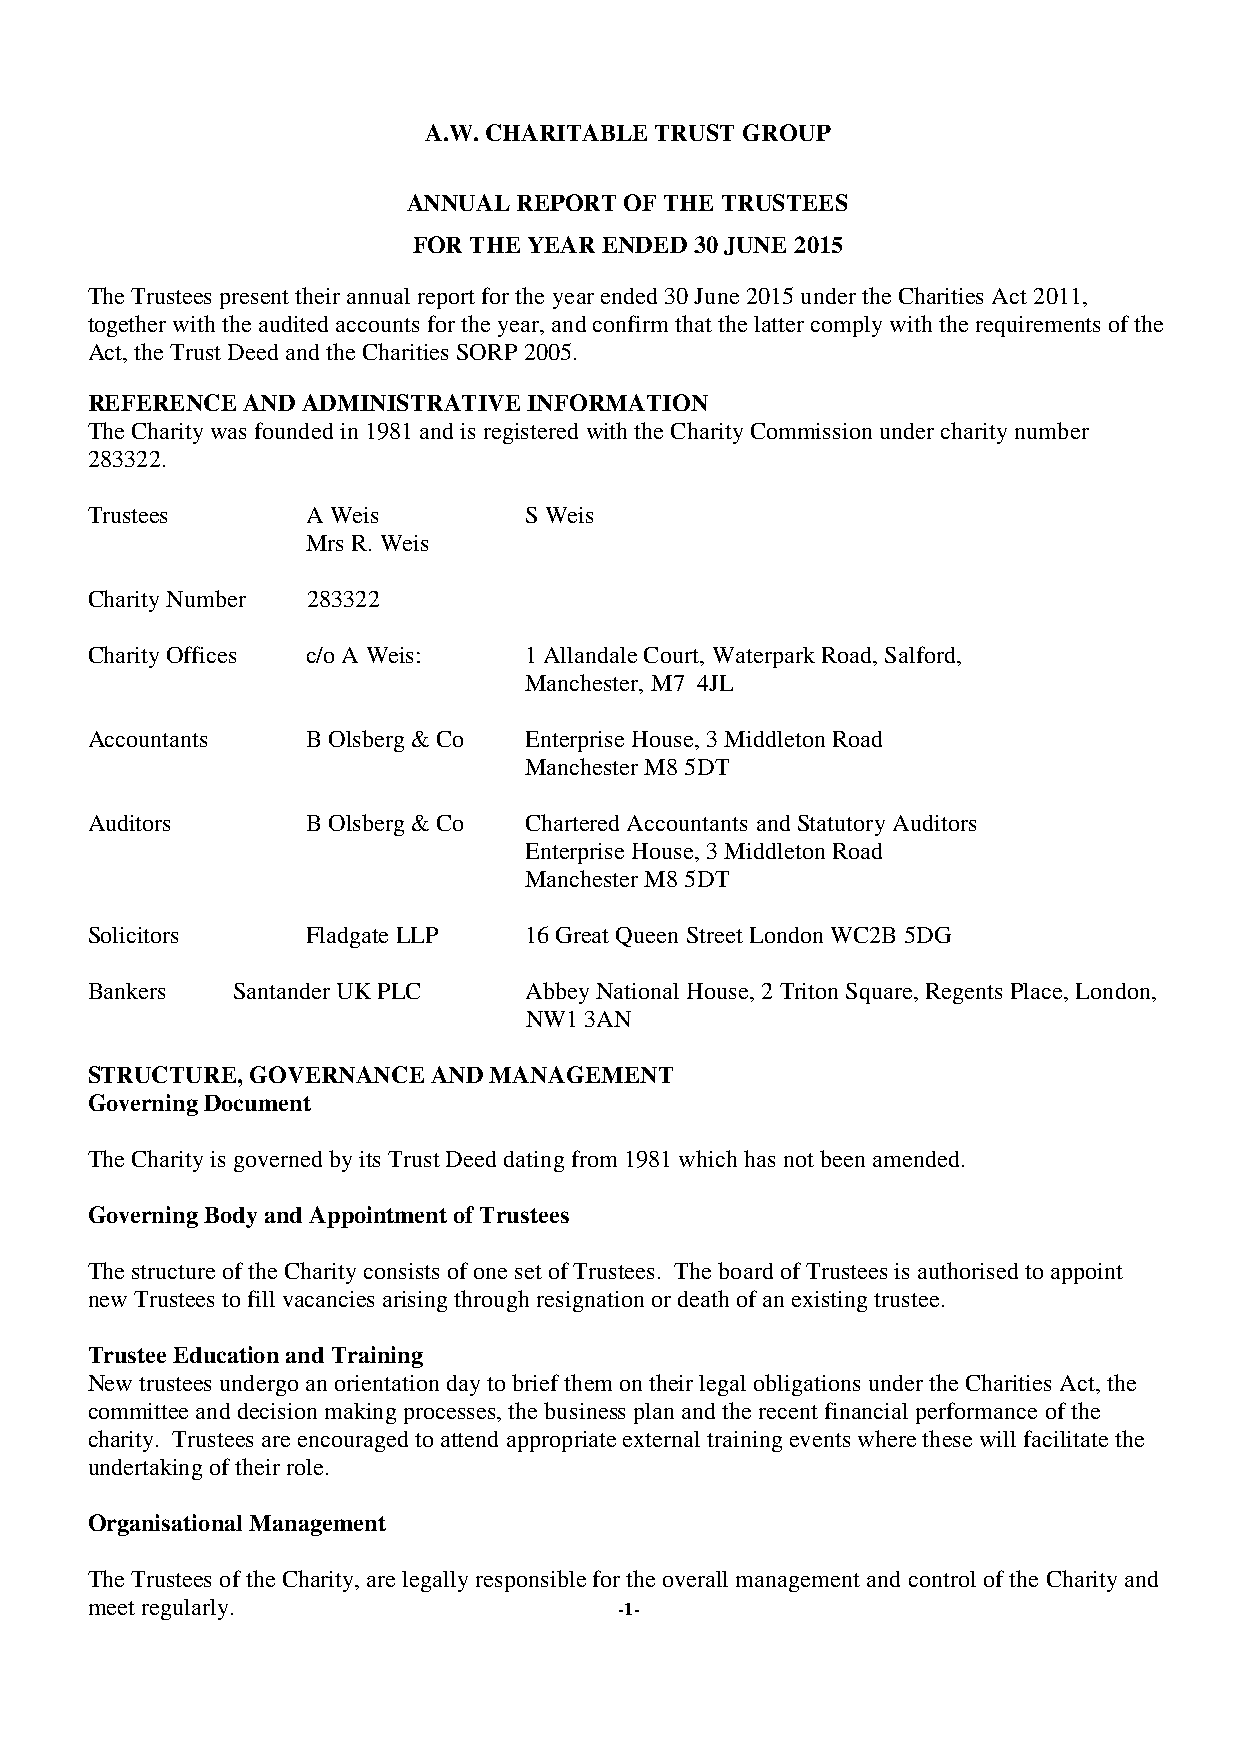
A.W. CHARITABLE TRUST GROUP
 ANNUAL REPORT OF THE TRUSTEES
 FOR THE YEAR ENDED 30 JUNE 2015
 The Trustees present their annual report for the year ended 30 June 2015 under the Charities Act 2011,
 together with the audited accounts for the year, and confirm that the latter comply with the requirements of the
 Act, the Trust Deed and the Charities SORP 2005.
 REFERENCE AND ADMINISTRATIVE INFORMATION
 The Charity was founded in 1981 and is registered with the Charity Commission under charity number
 283322.
 Trustees      A Weis         S Weis
 Mrs R. Weis
 Charity Number 283322
 Charity Offices c/o A Weis:  1 Allandale Court, Waterpark Road, Salford,
 Manchester, M7 4JL
 Accountants   B Olsberg & Co Enterprise House, 3 Middleton Road
 Manchester M8 5DT
 Auditors      B Olsberg & Co Chartered Accountants and Statutory Auditors
 Enterprise House, 3 Middleton Road
 Manchester M8 5DT
 Solicitors    Fladgate LLP   16 Great Queen Street London WC2B 5DG
 Bankers  Santander UK PLC    Abbey National House, 2 Triton Square, Regents Place, London,
 NW1 3AN
 STRUCTURE, GOVERNANCE  AND MANAGEMENT
 Governing Document
 The Charity is governed by its Trust Deed dating from 1981 which has not been amended.
 Governing Body and Appointment of Trustees
 The structure of the Charity consists of one set of Trustees. The board of Trustees is authorised to appoint
 new Trustees to fill vacancies arising through resignation or death of an existing trustee.
 Trustee Education and Training
 New trustees undergo an orientation day to brief them on their legal obligations under the Charities Act, the
 committee and decision making processes, the business plan and the recent financial performance of the
 charity. Trustees are encouraged to attend appropriate external training events where these will facilitate the
 undertaking of their role.
 Organisational Management
 The Trustees of the Charity, are legally responsible for the overall management and control of the Charity and
 meet regularly.                    -1-